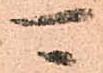
可